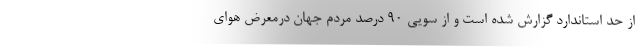
از حد استاندارد گزارش شده است و از سویی ۹۰ درصد مردم جهان درمعرض هوای